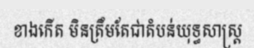
ខាងកើត មិនត្រឹមតែជាតំបន់យុទ្ធសាស្ត្រ